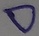
Text: D